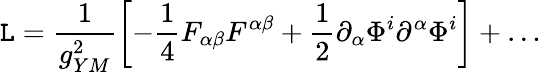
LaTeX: \mathtt{L}=\frac{{1}}{{g_{YM}^{2}}}\left[-\frac{{1}}{{4}}F_{\alpha\beta}F^{\alpha\beta}+\frac{{1}}{{2}}\partial_{\alpha}\Phi^{i}\partial^{\alpha}\Phi^{i}\right]+\dots